Lunatic asylums Bombay report 1891-1903 - 1891-1903
Year: 1891
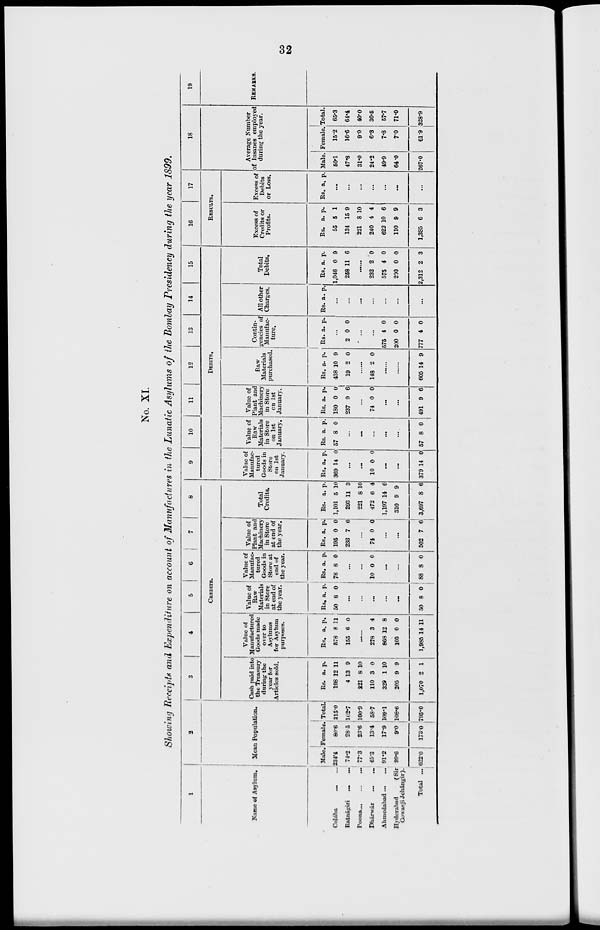
32
No. XI.
Showing Receipts and Expenditure on account of Manufactures in the Lunatic Asylums of the Bombay Presidency during the year 1899.
1
Name of Asylum.
Colába ... ...
Ratnágiri
...
...
Poona ... ... ...
Dhárwár ... ...
Ahmedabad ... ...
Hyderabad
(Sir
Cowasji Jehángir).
Total ...
2
Mean Population.
Male.
234.4
74.2
77.3
45.3
91.2
99.6
622.0
Female.
80.6
28.5
23.6
13.4
17.9
9.0
173.0
Total.
315.0
102.7
100.9
58.7
109.1
108.6
795.0
3
4
5
6
7
8
CREDITS.
Cash paid into
the Treasury
during the
year for
Articles sold.
Rs.
198
4
221
110
329
205
1,070
a.
12
13
8
3
1
9
2
p.
11
9
10
0
10
9
1
Value of
Manufactured
Goods made
over to
Asylums
for Asylum
purposes.
Rs.
578
155
a.
8
6
p.
11
0
......
278
868
105
1,985
3
12
0
14
4
8
0
11
Value of
Raw
Materials
in Store
at end of
the year.
Rs.
50
a.
8
p.
0
...
...
...
...
...
50 8
0
Value of
Manufac-
tured
Goods in
Store at
end of
the year.
Rs.
78
a.
8
p.
0
...
...
10 0 0
...
...
88 8 0
Value of
Plant and
Machinery
in Store
at end of
the year.
Rs.
195
233
a.
0
7
p.
0
6
...
74 0 0
...
...
502 7 6
Total
Credits.
Rs.
1,101
393
221
472
1,197
310
3,697
a.
5
11
8
6
14
9
8
p.
10
3
10
4
6
9
6
9
10
11
12
13
14
15
DEBITS.
Value of
Manufac-
tured
Goods in
Store
on 1st
January.
Rs.
369
a.
14
p.
0
...
...
10 0 0
...
...
379 14 0
Value of
Raw
Materials
in Store
on 1st
January.
Rs.
57
a.
8
p.
0
...
...
...
...
...
57 8 0
Value of
Plant and
Machinery
in Store
on 1st
January.
Rs.
180
237
a.
0
9
p.
0
6
...
74 0 0
...
...
491 9 6
Raw
Materials
purchased.
Rs.
438
19
a.
10
2
p.
9
0
......
148 2 0
......
......
605 14 9
Contin-
gencies of
Manufac-
ture.
Rs. a. p.
...
2 0 0
...
...
575
200
777
4
0
4
0
0
0
All other
Charges.
Rs. a. p.
...
...
...
...
...
...
...
Total
Debits.
Rs.
1,046
258
a.
0
11
p.
9
6
......
232
575
200
2,312
2
4
0
2
0
0
0
3
16
17
RESULTS.
Excess of
Credits or
Profits.
Rs.
55
134
221
240
622
110
1,385
a.
5
15
8
4
10
9
6
p.
1
9
10
4
6
9
3
Excess of
Debits
or Loss.
Rs. a. p.
...
...
...
...
...
...
...
18
Average Number
of Insanes employed
during the year.
Male.
50.1
47.8
31.0
24.2
49.9
64.0
267.0
Female.
15.2
16.6
9.0
6.3
7.8
7.0
61.9
Total.
65.3
64.4
40.0
30.5
57.7
71.0
328.9
19
REMARKS.